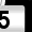
Digit: 5